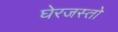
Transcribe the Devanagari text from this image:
घेरजस्तो